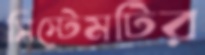
সিস্টেমটির